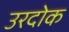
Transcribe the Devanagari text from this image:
उरदोक